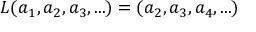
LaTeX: L ( a _ { 1 } , a _ { 2 } , a _ { 3 } , . . . ) = ( a _ { 2 } , a _ { 3 } , a _ { 4 } , . . . )